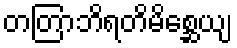
တတြာဘိရတိမိစ္ဆေယျ